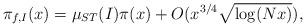
LaTeX: \begin{align*}\pi_{f,I}(x)=\mu_{ST}(I)\pi(x)+O(x^{3/4}\sqrt{\log(Nx)}),\end{align*}